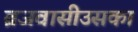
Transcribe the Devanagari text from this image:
ब्रजवासीउसका